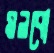
মলবো